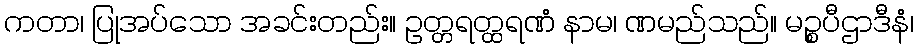
ကတာ၊ ပြုအပ်သော အခင်းတည်း။ ဥတ္တရတ္ထရဏံ နာမ၊ ဏမည်သည်။ မဉ္စပီဌာဒီနံ၊